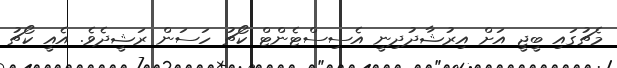
މެޗުގައި ބީޖީ އަށް އިރުޝާދުދިނީ އެސިސްޓެންޓް ކޯޗު ހަސަން ރަޝީދެވެ. އެއީ ކޯޗު